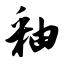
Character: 釉